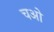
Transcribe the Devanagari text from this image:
चओ